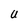
Character: U